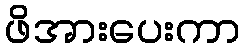
ဖိအားပေးကာ